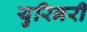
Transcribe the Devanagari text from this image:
युरिनरी